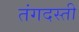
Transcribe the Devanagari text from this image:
तंगदस्ती